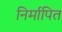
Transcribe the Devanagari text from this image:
निर्मापित